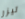
ليزر